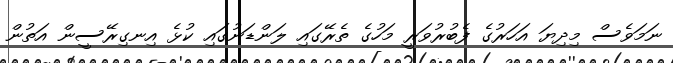
ނަމަވެސް މިދިޔަ އަހަރުގެ ފެބުރުވަރީ މަހުގެ ތެރޭގައި ލަންޑަނުގައި ކުޅެ އިނގިރޭސީން އަތުން